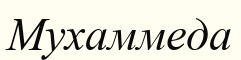
Мухаммеда